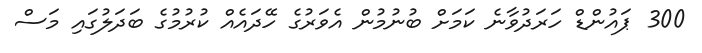
300 ޕައުންޑް ހަރަދުވާނެ ކަމަށް ބުނުމުން އެވަރުގެ ހޭދައެއް ކުރުމުގެ ބަދަލުގައި މަސް